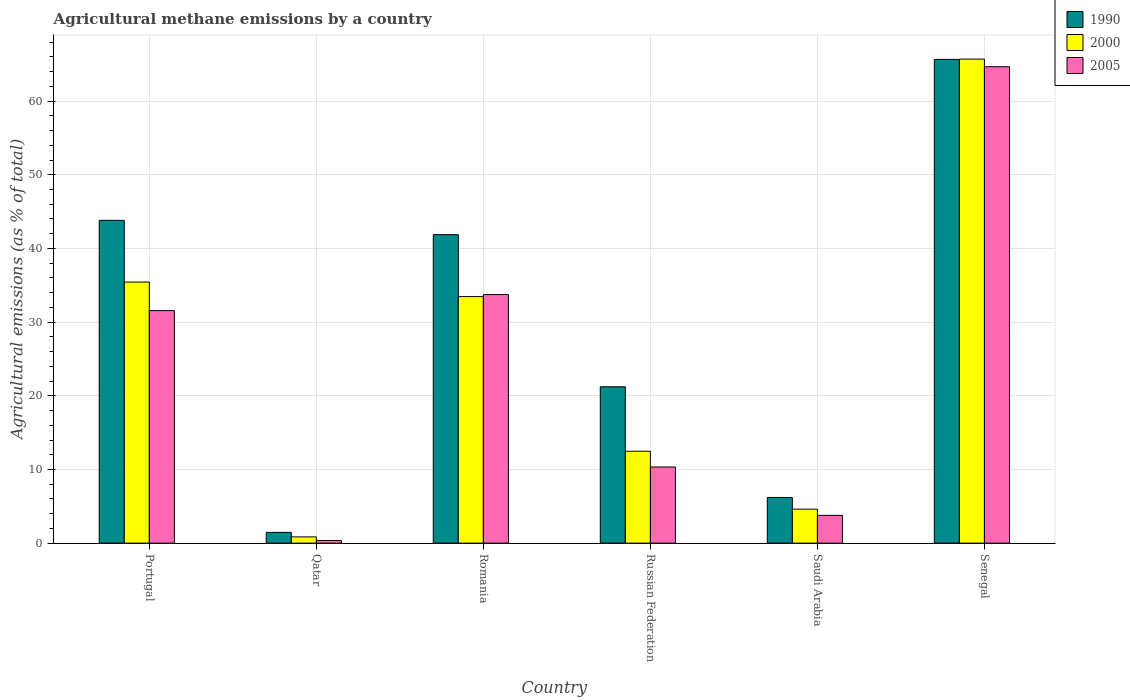
| Country | 1990 | 2000 | 2005 |
 | --- | --- | --- | --- |
 | Portugal | 43.8 | 35.4 | 31.6 |
 | Qatar | 1.46 | 0.849 | 0.363 |
 | Romania | 41.9 | 33.5 | 33.7 |
 | Russian Federation | 21.2 | 12.5 | 10.3 |
 | Saudi Arabia | 6.2 | 4.61 | 3.77 |
 | Senegal | 65.7 | 65.7 | 64.7 |